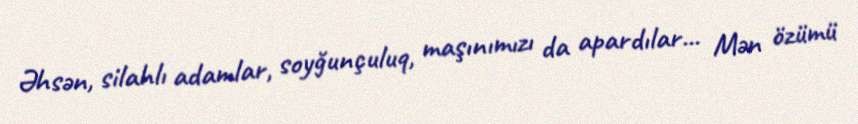
Əhsən, silahlı adamlar, soyğunçuluq, maşınımızı da apardılar... Mən özümü